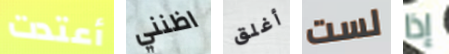
أعتدت اظنني أغلق لست إذا